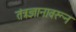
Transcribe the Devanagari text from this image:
तंत्रज्ञानावरून